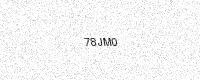
Text: 78JM0